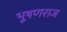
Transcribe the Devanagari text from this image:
भूषणराज